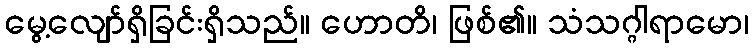
မွေ့လျော်ရှိခြင်းရှိသည်။ ဟောတိ၊ ဖြစ်၏။ သံသဂ္ဂါရာမော၊